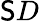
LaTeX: \mathsf{S}D